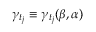
\gamma _ { t _ { j } } \equiv \gamma _ { t _ { j } } ( \beta , \alpha )